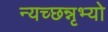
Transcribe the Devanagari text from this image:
न्यच्छन्नृभ्यो